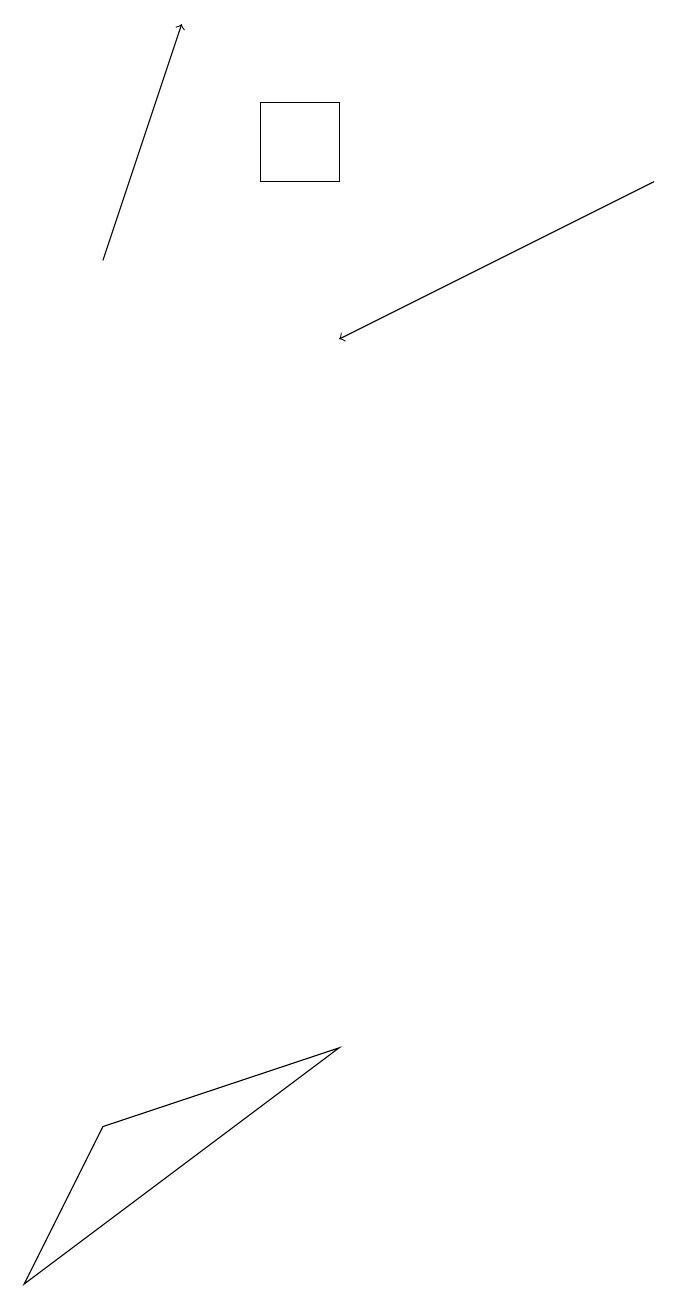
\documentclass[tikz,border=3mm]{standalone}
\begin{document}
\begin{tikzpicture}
\draw[->] (2,15) -- (3,18);
\draw (2,4) -- (1,2) -- (5,5) -- cycle;
\draw[->] (9,16) -- (5,14);
\draw (5,16) rectangle (4,17);
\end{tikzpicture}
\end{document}